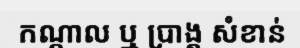
កណ្តាល ឬ ប្រាង្គ សំខាន់